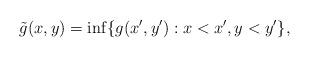
LaTeX: \begin{align*}\tilde g(x,y)=\inf\{g(x',y'):x<x',y<y'\},\end{align*}